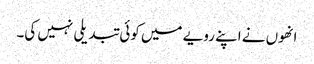
انھوں نے اپنے رویے میں کوئی تبدیلی نہیں کی۔